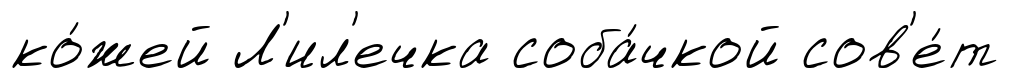
ко́жей Л'ил'ечка соба́чкой сов'е́т